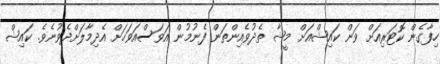
ހިފާގެން ކޮޓަރިއަށް ވަން ކައިޝްއަށް މީޝާ ތެދުވެއިންތަން ފެނުމުން އަވަސްއަވަހަށް އެދިމާލަށްދެވުނެވެ. ކައިޝް